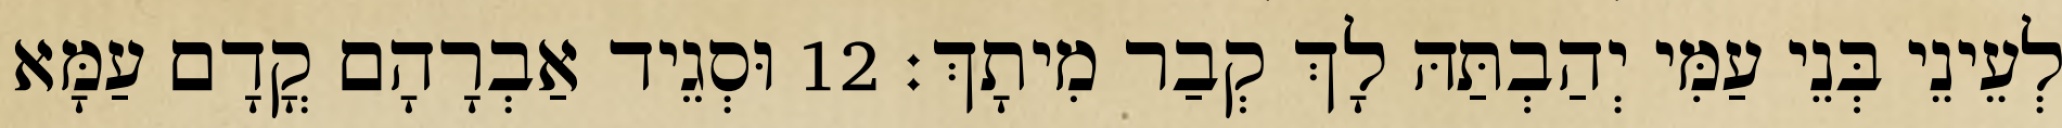
לְעֵינֵי בְּנֵי עַמִּי יְהַבְתַּהּ לָךְ קְבַר מִיתָךְ׃ 12 וּסְגֵיד אַבְרָהָם קֳדָם עַמָּא